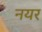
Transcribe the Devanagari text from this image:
नयर